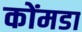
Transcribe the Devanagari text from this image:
कोंमडा